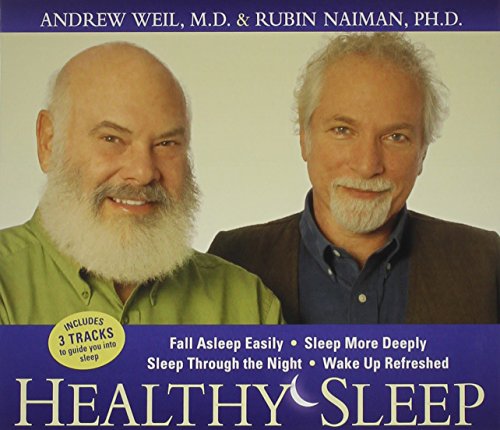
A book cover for Healthy Sleep: Fall Asleep Easily, Sleep More Deeply, Sleep Through the Night, Wake up Refreshed; Andrew Weil; Health, Fitness & Dieting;